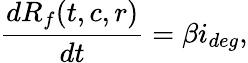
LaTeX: \frac{dR_{f}(t,c,r)}{dt}=\beta i_{deg},